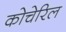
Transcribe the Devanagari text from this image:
कोचेरिल